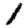
Digit: 1